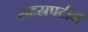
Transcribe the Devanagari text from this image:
सहस्रपटीने